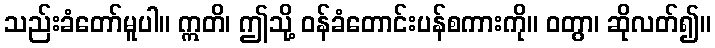
သည်းခံတော်မူပါ။ ဣတိ၊ ဤသို့ ဝန်ခံတောင်းပန်စကားကို။ ဝတွာ၊ ဆိုလတ်၍။